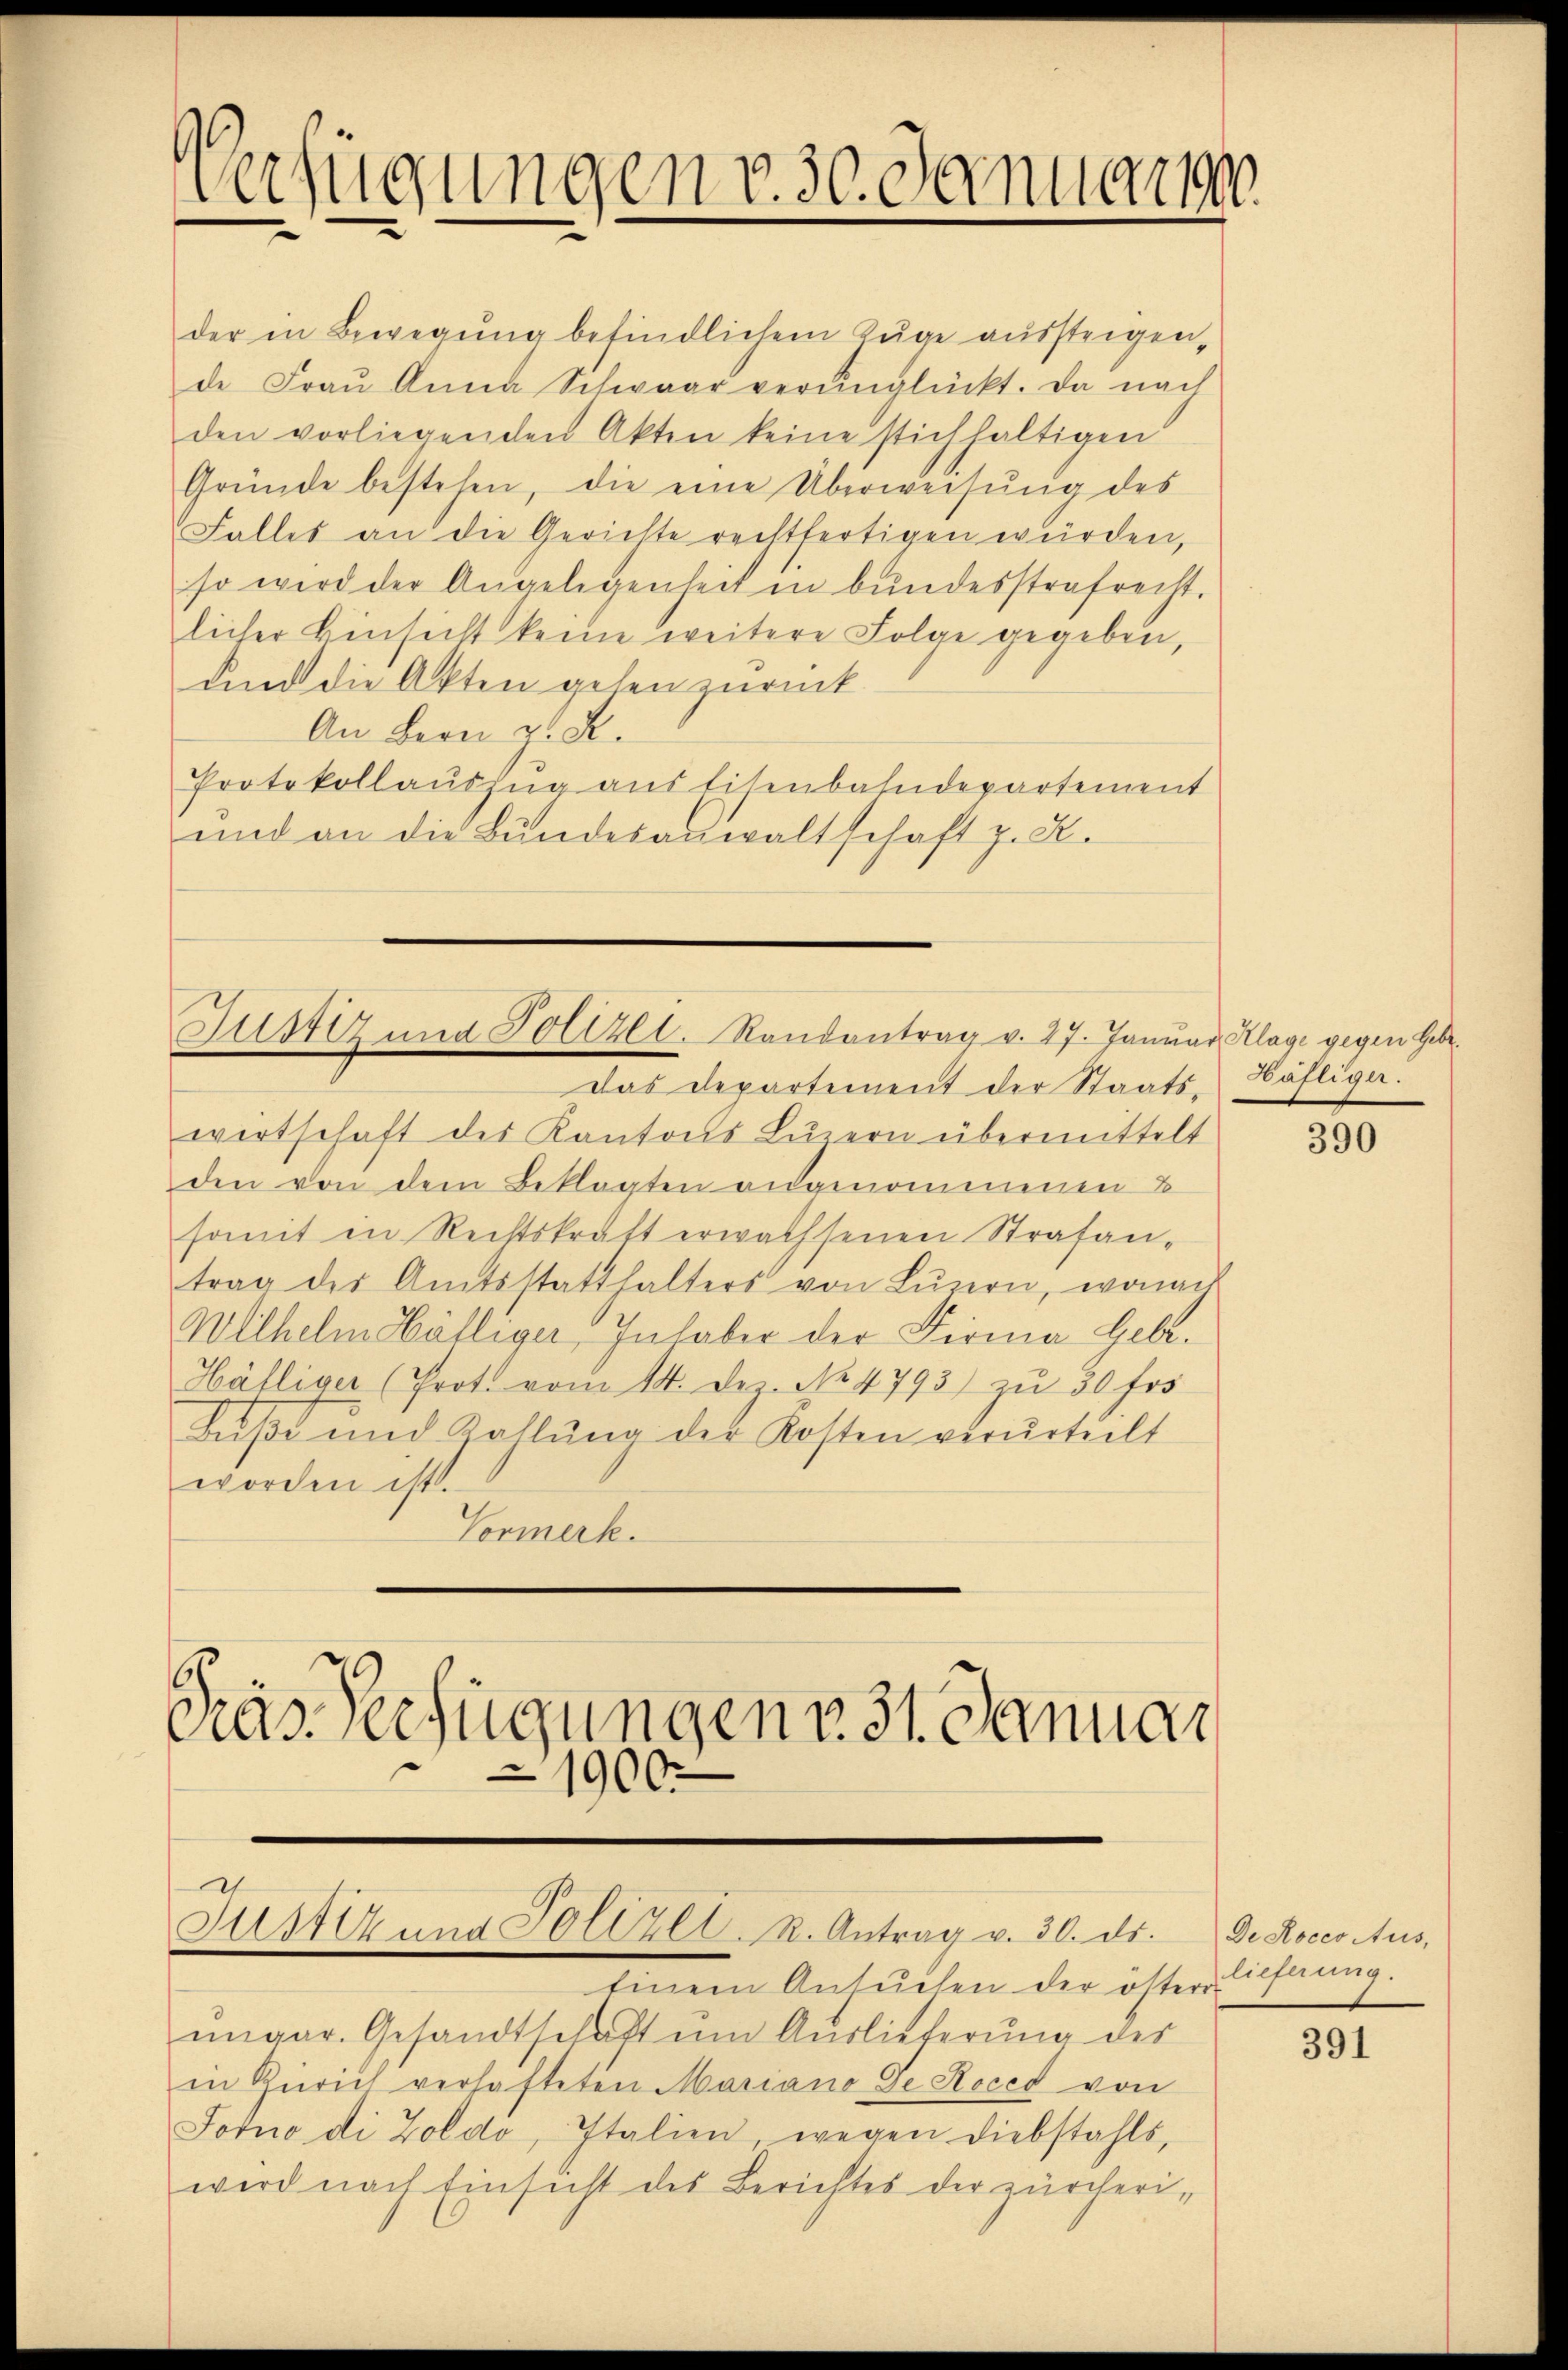
Fertigungen v. 30. Januar 190
1.

Justiz und Polizel. Randantrag v. 27. Januar Klage gegen Gebr.

das Departement der Staatswirtschaft des Kantons Luzern übermittelt
den von dem Beklagten angenommenen B
somit in Rechtskraft erwachsenen Strafantrag des Amtsstatthalters von Lŭzern, wona
Wilhelm Wälliger Inhaber der Firma Gebr.
Hälliger (Prot. vom 14. Dec. No 4793) zu 30 frs
Bŭβe und Kahlŭng der Kosten verŭrtielt
worden ist.
Vormerk.
Gras Verfügungen 31. Januar
1900.

der in Bewegung befindlichem Zuge aussteigen,
de Fraŭ Anna Schwaar verŭnglückt. Da nach
den vorliegenden Akten keine stichhaltigen
Gründe bestehen, die eine Überweisŭng des
Falles an die Gerichte rechtfertigen würden,
so wird der Angelegenheit in bundesstrafrecht.
licher Einsicht keine weitere Folge gegeben,
und die Akten gehen zurück
An Bern z. B.
Protokollauszug aus Eisenbahndepartement
und an die Bŭndesanwaltschaft z. B.

Fustiz und Polizel. R. Antrag v. 30. ds.

Einem Ansŭchen der österlichtung.
ungar. Gesandtschaft um Auslieferung des
in Zürich verhafteten Mariano Ge Roced von
Forno di Zoldo, Italien, wegen Diebstahls,
wird nach Einsicht des Berichtes der zürcheri¬

Häfliger.

390

De Roces Aus,

391